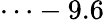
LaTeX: \cdots-9.6